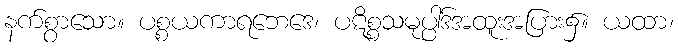
နက်စွာသော။ ပစ္စယကာရဘေဒေ၊ ပဋိစ္စသမုပ္ပါဒ်အထူးအပြား၌။ ယထာ၊